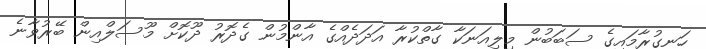
ހަނގުރާމައިގެ ސަބަބުން މިލިއަނަކާ ގާތްކުރާ އަދަދެއްގެ އާންމުން ގެދޮރު ދޫކޮށް މޫސަލްއިން ބޭރުވާނެ